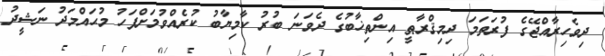
ދިވެހިރާއްޖޭގެ ފުރަތަމަ ދިމިޤްރާޠީ އިންތިޚާބުގެ ދެވަނަ ބުރު ކާމިޔާބު ކުރެއްވުމަށްފަހު މުޙައްމަދު ނަޝީދު